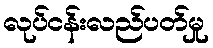
လုပ်ငန်းလည်ပတ်မှု